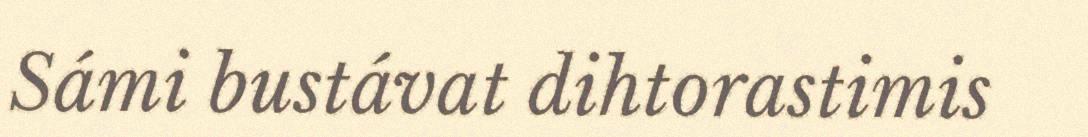
Sámi bustávat dihtorastimis